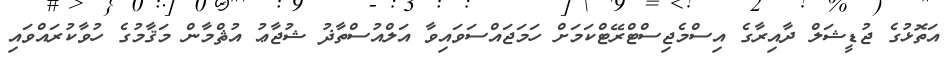
އަތޮޅުގެ ޖުޑީޝަލް ދާއިރާގެ އިސްމެޖިސްޓްރޭޓްކަމަށް ހަމަޖައްސަވައިވާ އަލްއުސްތާޛު ޝުޖާޢު އުޘްމާން މަޤާމުގެ ހުވާކުރައްވައި